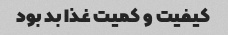
کیفیت و کمیت غذا بد بود